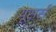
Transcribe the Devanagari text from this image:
यूसर्स